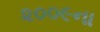
૨૦૦૯ના